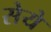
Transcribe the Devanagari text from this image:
सेये